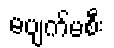
မပျက်မစီး